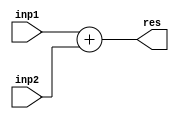
//Verilog Module for Adder Specifically for Conditional Branch

module adder (
	input wire [31:0] inp1,
	input wire [31:0] inp2,
	output reg [31:0] res
);

always @(*) begin
	res = inp1 + inp2;
end

endmodule